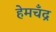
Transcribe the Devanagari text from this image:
हेमचँद्र